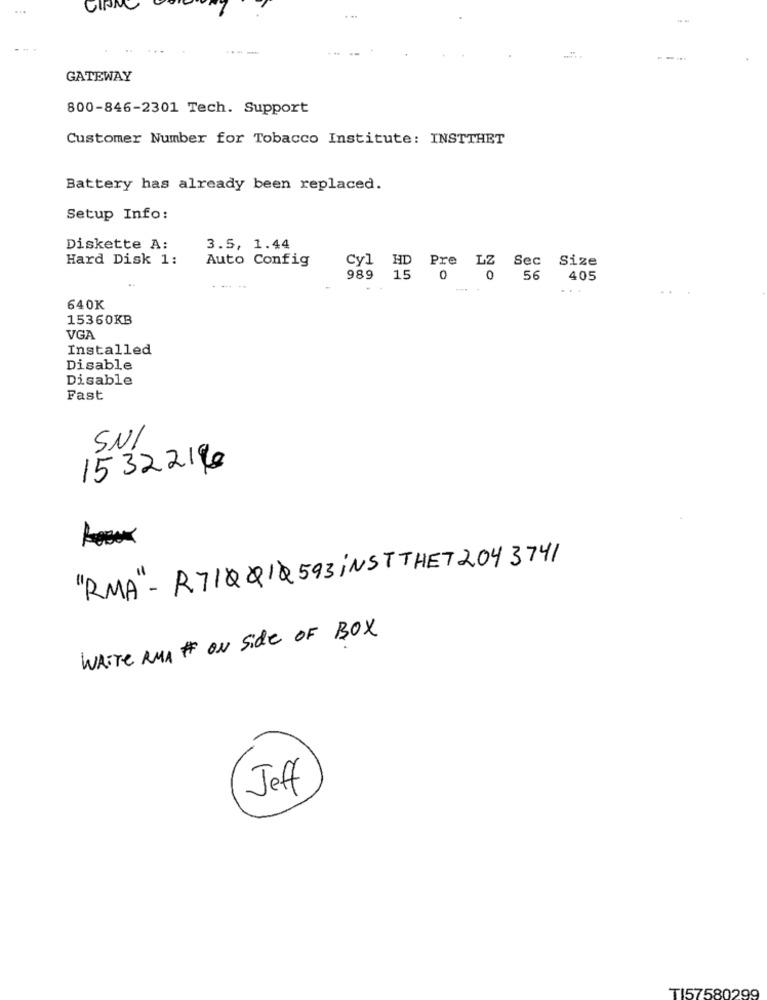
GINA
----
GATEWAY
800-846-2301 Tech. Support
Customer Number for Tobacco Institute: INSTTHET
Battery has already been replaced.
Setup Info:
Diskette A:
3.5, 1.44
Hard Disk 1:
Auto Config
Cyl HD Pre LZ Sec Size
989 15
0 0
56
405
...
640K
15360KB
VGA
Installed
Disable
Disable
Fast
SNI
153221€
"RMA" - R71QQ1Q593;NSTTHET2043741
White RUA # ON side OF BOX
Jeff
TI57580299